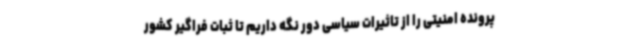
پرونده امنیتی را از تاثیرات سیاسی دور نگه داریم تا ثبات فراگیر کشور